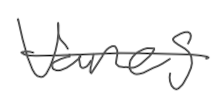
Text: vanes
Cross-out: single-line
Writing tool: digital_gray